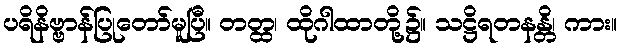
ပရိနိဗ္ဗာန်ပြုတော်မူပြီ။ တတ္ထ၊ ထိုဂါထာတို့၌။ သဋ္ဌိရတနန္တိ၊ ကား။